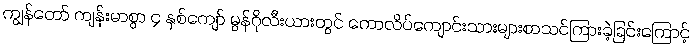
ကျွန်တော် ကျန်းမာစွာ ၄ နှစ်ကျော် မွန်ဂိုလီးယားတွင် ကောလိပ်ကျောင်းသားများစာသင်ကြားခဲ့ခြင်းကြောင့်